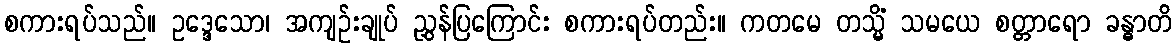
စကားရပ်သည်။ ဥဒ္ဒေသော၊ အကျဉ်းချုပ် ညွှန်ပြကြောင်း စကားရပ်တည်း။ ကတမေ တသ္မိံ သမယေ စတ္တာရော ခန္ဓာတိ